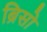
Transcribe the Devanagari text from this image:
ब्रिसो